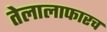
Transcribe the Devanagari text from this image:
तेलालाफारच